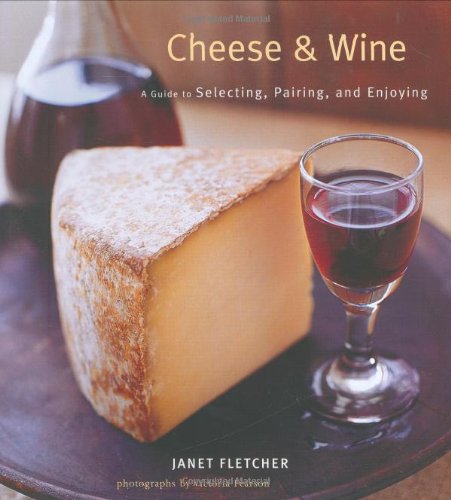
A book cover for Cheese & Wine: A Guide to Selecting, Pairing, and Enjoying; Janet Fletcher; Cookbooks, Food & Wine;